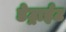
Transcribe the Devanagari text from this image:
डेट्राईट